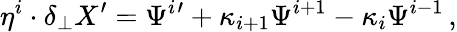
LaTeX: \eta^{i}\cdot\delta_{\perp}X^{\prime}=\Psi^{i}{}^{\prime}+\kappa_{i+1}\Psi^{i+1}-\kappa_{i}\Psi^{i-1}\, ,